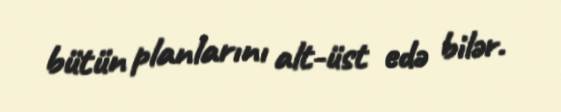
bütün planlarını alt-üst edə bilər.